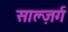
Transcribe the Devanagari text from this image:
साल्ज़र्ग